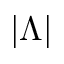
\vert \Lambda \vert